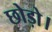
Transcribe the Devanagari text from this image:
छोड़ो।